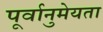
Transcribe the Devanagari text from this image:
पूर्वानुमेयता